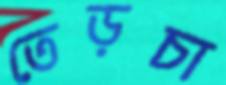
তেড়চা